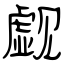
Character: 觑